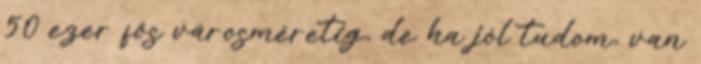
50 ezer fős városméretig, de ha jól tudom, van